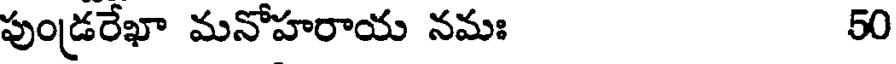
పుండ్రరేఖా మనోహరాయ నమః 50